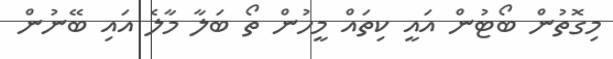
މިގޮތުން ބޯޓުން އައީ ކިތައް މީހުން ތޯ ބަލާ މާލެ އައި ބޭނުން